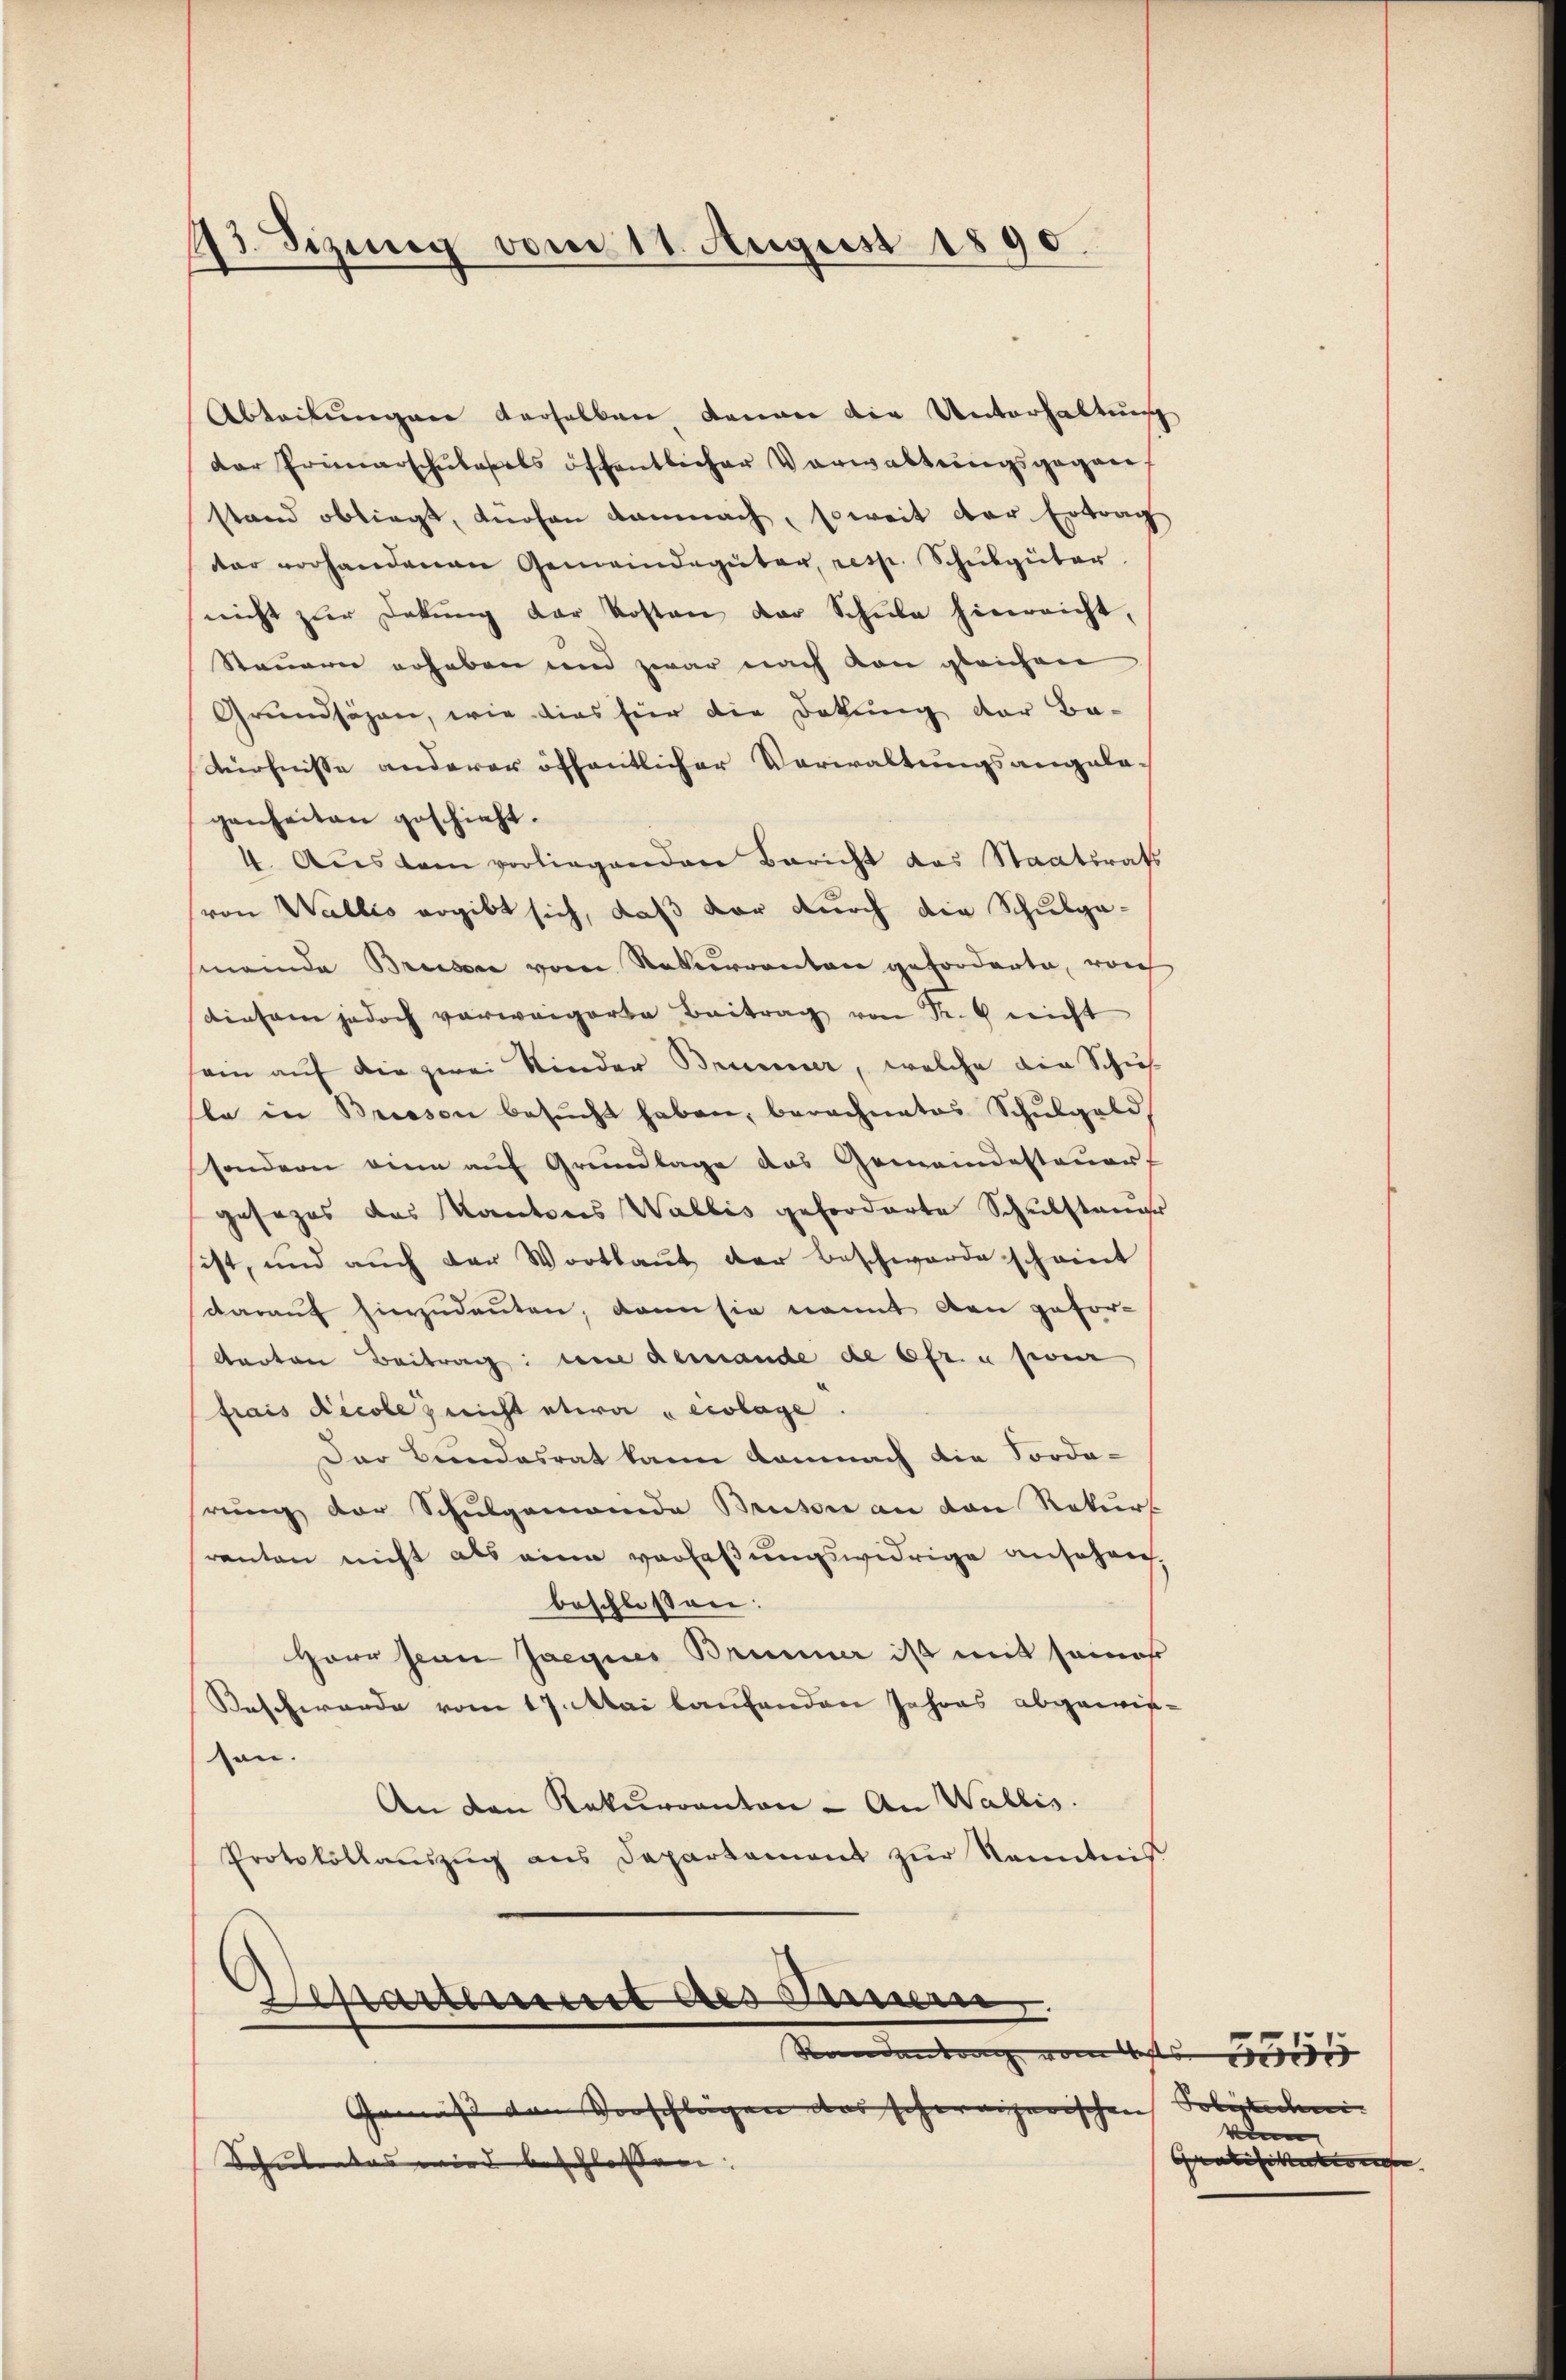
73. Sizung vom 11. August 1890.

Abteilungen derselben denen die Unterhaltung
der Primarschŭlasels öffentlicher Verwaltŭngsgegan
stand obliegt, dürfen damnach, soweit der Ertrag
dar vorhandenen Gemeindegüter, resp. Schulgüter
nicht zur Dekŭng der Kosten der Schule hinreicht,
Steuern erheben und zwar nach von gleichen
Grundsäzen, wie dies hier die Dokung der Be-
dürfnisse anderer öffentlicher Verwaltungsangela-
genheiten geschieht.
4. Aus dem vorliegenden Bericht das Staatsrat
von Wallis ergibt sich, daß der durch die Schulga-
(meinde Brüssen vom Naturrenten geforderte, noch
diesem jedoch vorweigerte Beitrag von Sr. nicht
ain auf die zwei Kinder Brunner, welche die Schus
la in Brisson besucht haben, berechnetes Schulgeld
sondern eine aŭf Grundlage das Gemeindesteŭerf
gesezes das Kantons Wallis geforderte Schulstange
ist, und auch der Wortlaut der Beschwerde scheint
darauf hierzudeuten, dann sie nomit den gefor-
darten Beitrag um demande de 6fr. u sein
frais Decole nicht etwa "ecolage.
Der Bundesrat kann damnach die Forde-
rung der Schulgemeinde Brüsse an den Rekurs
renten nicht als eine verfaßungswidrige ansehen.
beschlossen:
Herr sein Jacques Brunner ist mit seines
Beschwerde vom 17. Mai laufenden Jahres abgewis-
ton.
An den Rekurranton - An Wallis.
Protokollauszug aus Departament zur Kenntnis
Separat des Sennen.
Randantrag von des 1500
Gemäss den Vorschlägen das schweizerischen Polytedni- |
Schulentes wird beschlossen. |

kann
Gratifikaten |